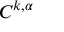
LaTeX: C ^ { k , \alpha }